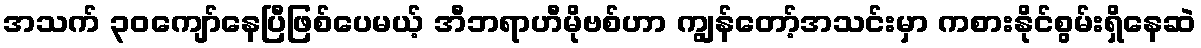
အသက် ၃၀ကျော်နေပြီဖြစ်ပေမယ့် အီဘရာဟီမိုဗစ်ဟာ ကျွန်တော့်အသင်းမှာ ကစားနိုင်စွမ်းရှိနေဆဲ